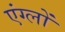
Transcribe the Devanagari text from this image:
एंग्लों